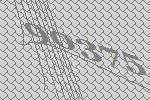
90375